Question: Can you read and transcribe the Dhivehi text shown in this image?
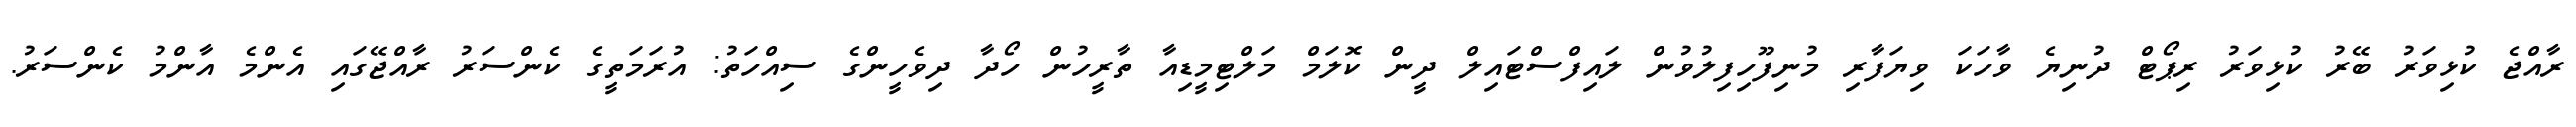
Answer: ރާއްޖެ ކުޅިވަރު ބޭރު ކުޅިވަރު ރިޕޯޓް ދުނިޔެ ވާހަކަ ވިޔަފާރި މުނިފޫހިފިލުވުން ލައިފްސްޓައިލް ދީން ކޮލަމް މަލްޓިމީޑިއާ ތާރީހުން ހޯދާ ދިވެހީންގެ ސިއްހަތު: އުރަމަތީގެ ކެންސަރު ރާއްޖޭގައި އެންމެ އާންމު ކެންސަރު.